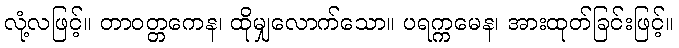
လုံ့လဖြင့်။ တာဝတ္တကေန၊ ထိုမျှလောက်သော။ ပရက္ကမေန၊ အားထုတ်ခြင်းဖြင့်။